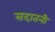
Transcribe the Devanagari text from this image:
सदातनी